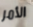
الأمر